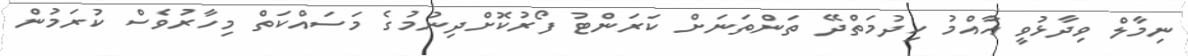
ނިމާލް ވިދާޅުވީ އާއްމު ހިދުމަތްދޭ ތަންތަނަށް ކަރަންޓު ފޯރުކޮށްދިނުމުގެ މަސައްކަތް މިހާރުވެސް ކުރަމުން